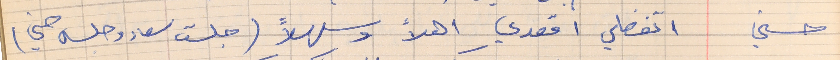
حسني      اتفضلي اقعدي اهلاً وسهلاً (جلست سعاد وجلس حسني)